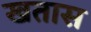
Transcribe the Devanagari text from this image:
खतास